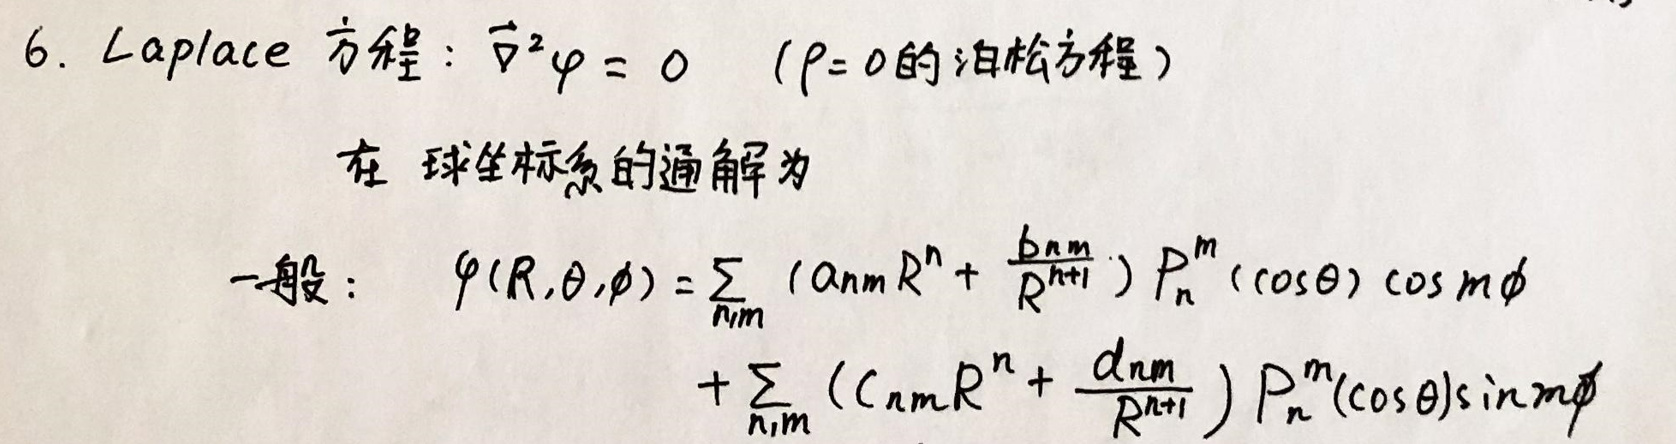
6.\ Laplace方程：$\nabla^2\varphi = 0\ $(\rho = 0的泊松方程)\\
在球坐标的通解为\\
一般：$\varphi(R,\theta,\phi)=\sum_{n,m}\left(a_{nm}R^{n}+\frac{b_{nm}}{R^{n+1}}\right)P_{n}^{m}(\cos\theta)\cos m\phi$\\
$+\sum_{n,m}\left(c_{nm}R^{n}+\frac{d_{nm}}{R^{n+1}}\right)P_{n}^{m}(\cos\theta)\sin m\phi$